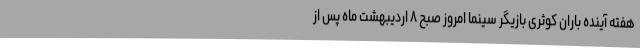
هفته آینده باران کوثری بازیگر سینما امروز صبح ۸ اردیبهشت ماه پس از